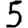
Digit: 5